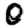
Digit: 0